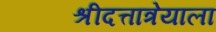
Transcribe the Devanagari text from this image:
श्रीदत्तात्रेयाला